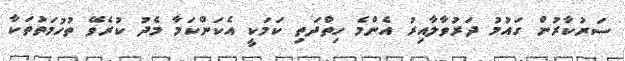
ސަރުކާރުން ގައުމު ދަރުވާލާއިރު އެންމެ ހިތްދަތި ކަމަކީ އެކަންކަމާ މެދު ކުރެވޭ ތުހުމަތުތަކާ